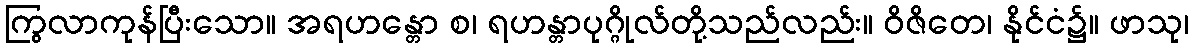
ကြွလာကုန်ပြီးသော။ အရဟန္တော စ၊ ရဟန္တာပုဂ္ဂိုလ်တို့သည်လည်း။ ဝိဇိတေ၊ နိုင်ငံ၌။ ဖာသု၊